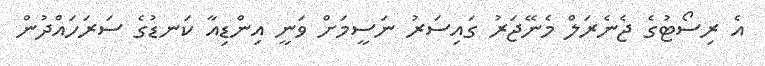
އެ ރިސޯޓުގެ ޖެނެރަލް މެނޭޖަރު ގައިސަރު ނަސީމަށް ވަނީ އިންޑިއާ ކަނޑުގެ ސަރަހައްދުން